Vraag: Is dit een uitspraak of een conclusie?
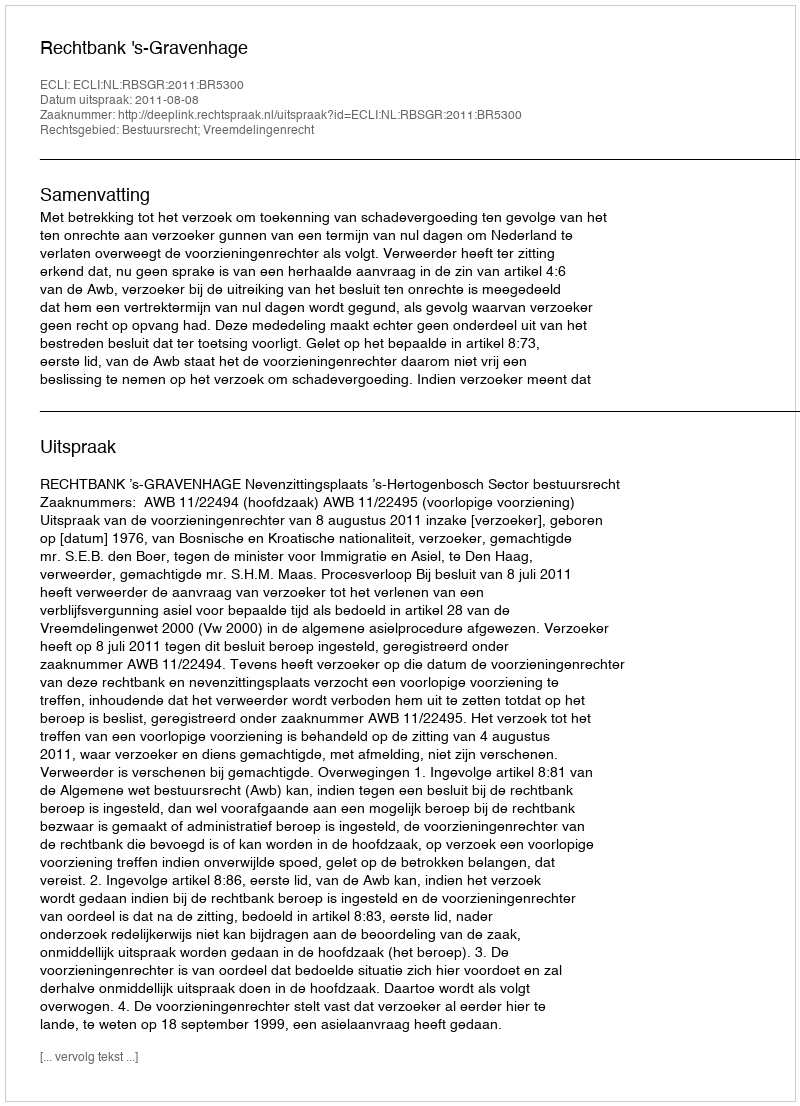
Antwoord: Uitspraak